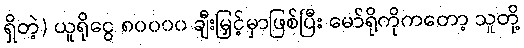
ရှိတဲ့) ယူရိုငွေ ၈၀၀၀၀ ချီးမြှင့်မှာဖြစ်ပြီး မော်ရိုကိုကတော့ သူတို့